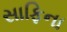
સાફિના